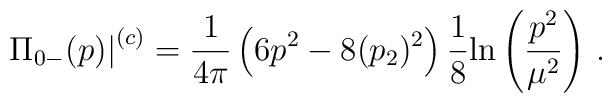
\displaystyle{   \left.    \Pi_{0 -}(p)   \right|^{(c)}   =   \frac{1}{4\pi}   \left( 6 p^2 - 8 (p_2)^2 \right)   \frac{1}{8} {\rm ln}\left( \frac{p^2}{\mu^2} \right)    \, .  }